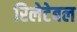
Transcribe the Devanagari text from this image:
रिलेटेबल